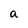
Character: a